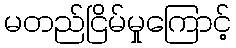
မတည်ငြိမ်မှုကြောင့်